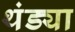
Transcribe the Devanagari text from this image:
थंड्या